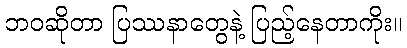
ဘဝဆိုတာ ပြဿနာတွေနဲ့ ပြည့်နေတာကိုး။